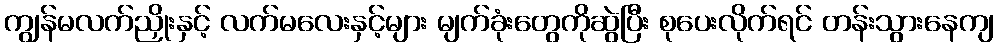
ကျွန်မလက်ညှိုးနှင့် လက်မလေးနှင့်များ မျက်ခုံးတွေကိုဆွဲပြီး စုပေးလိုက်ရင် တန်းသွားနေကျ